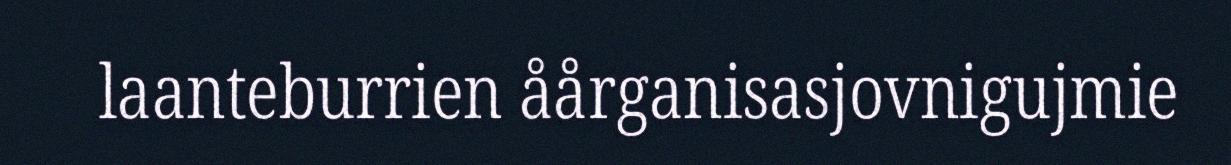
laanteburrien åårganisasjovnigujmie